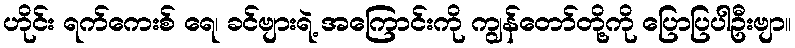
ဟိုင်း ရက်ကေးစ် ရေ၊ ခင်ဗျားရဲ့ အကြောင်းကို ကျွန်တော်တို့ကို ပြောပြပါဦးဗျာ။